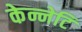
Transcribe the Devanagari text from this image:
केन्नेटि